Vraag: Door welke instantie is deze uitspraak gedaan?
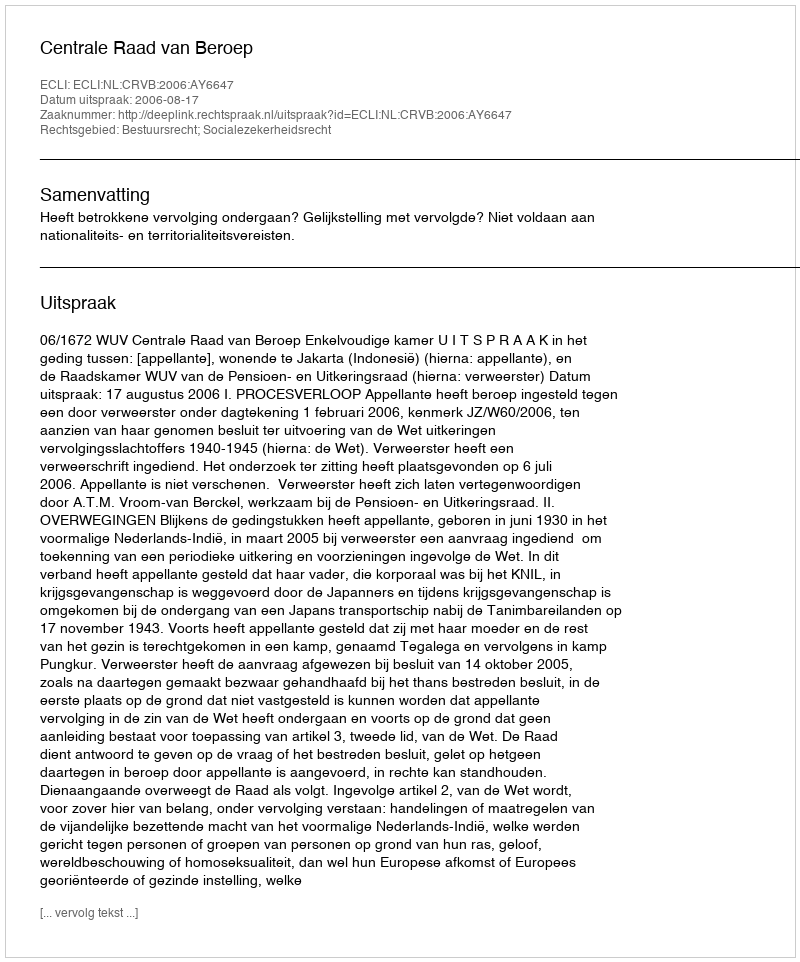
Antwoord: Centrale Raad van Beroep